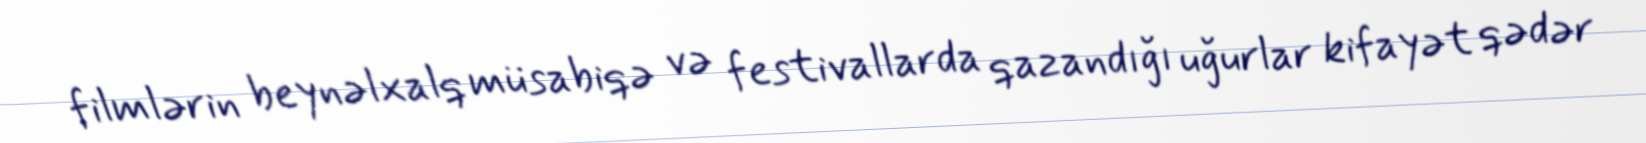
filmlərin beynəlxalq müsabiqə və festivallarda qazandığı uğurlar kifayət qədər